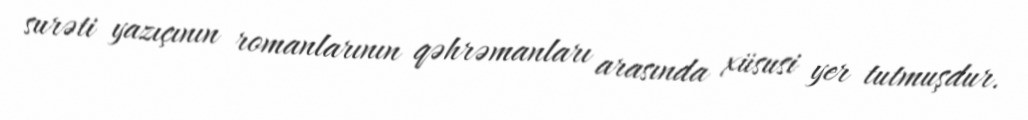
surəti yazıçının romanlarının qəhrəmanları arasında xüsusi yer tutmuşdur.